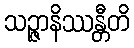
သဉ္ဇာနိဿန္တီတိ